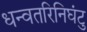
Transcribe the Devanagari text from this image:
धन्वतरिनिघंटु